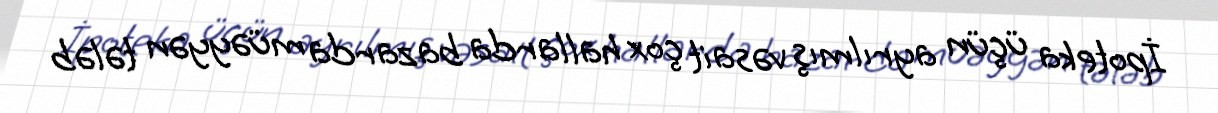
İpoteka üçün ayrılmış vəsait çox hallarda bazarda müəyyən tələb